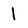
Character: 1